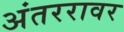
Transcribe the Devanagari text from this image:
अंतररावर